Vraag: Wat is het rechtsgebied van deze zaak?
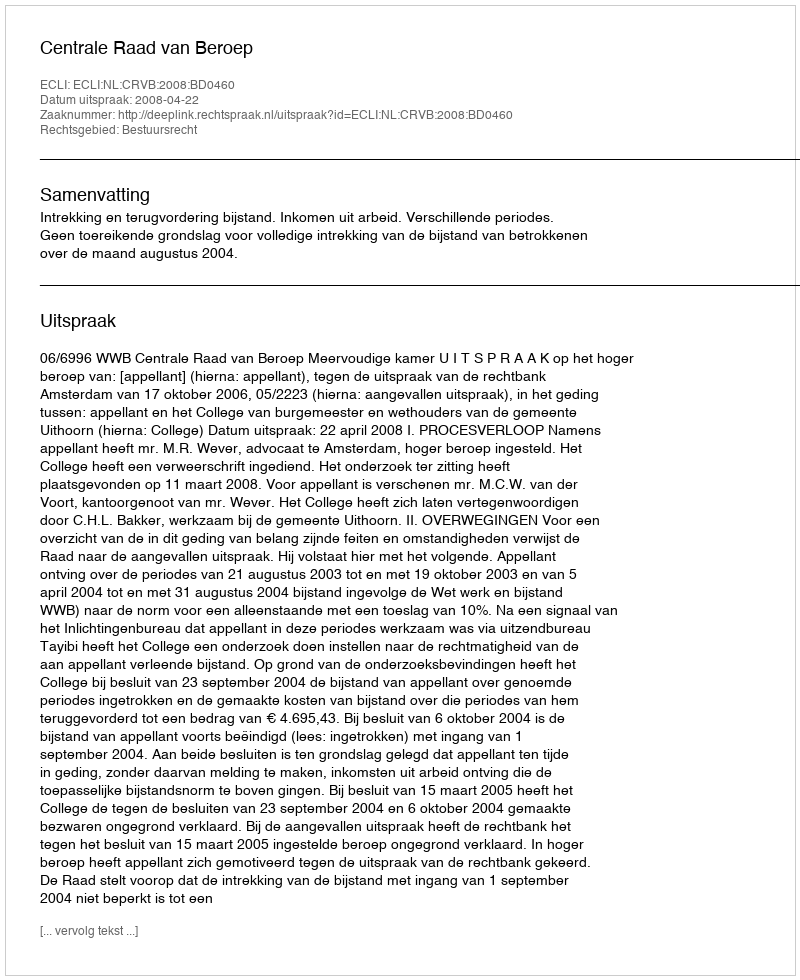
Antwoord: Bestuursrecht